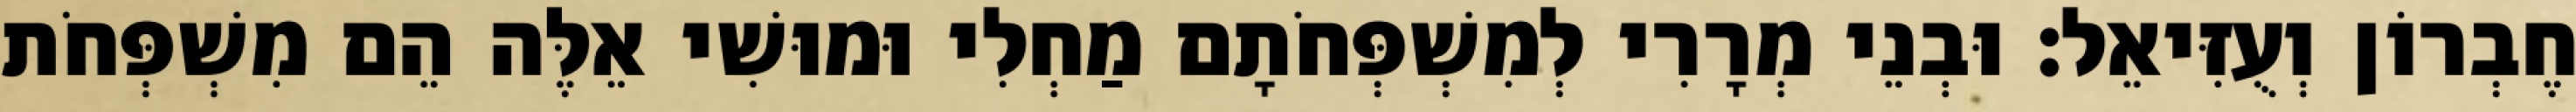
חֶבְרוֹן וְעֻזִּיאֵל׃ וּבְנֵי מְרָרִי לְמִשְׁפְּחֹתָם מַחְלִי וּמוּשִׁי אֵלֶּה הֵם מִשְׁפְּחֹת